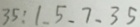
3 5 : 1 . 5 . 7 . 3 5